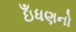
ઇઁધણનો